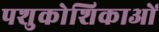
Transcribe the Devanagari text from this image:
पशुकोशिकाओं